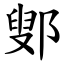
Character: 鄋